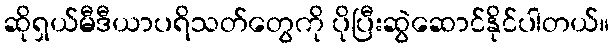
ဆိုရှယ်မီဒီယာပရိသတ်တွေကို ပိုပြီးဆွဲဆောင်နိုင်ပါတယ်။